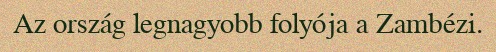
Az ország legnagyobb folyója a Zambézi.